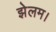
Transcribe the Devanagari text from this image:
झेलम।